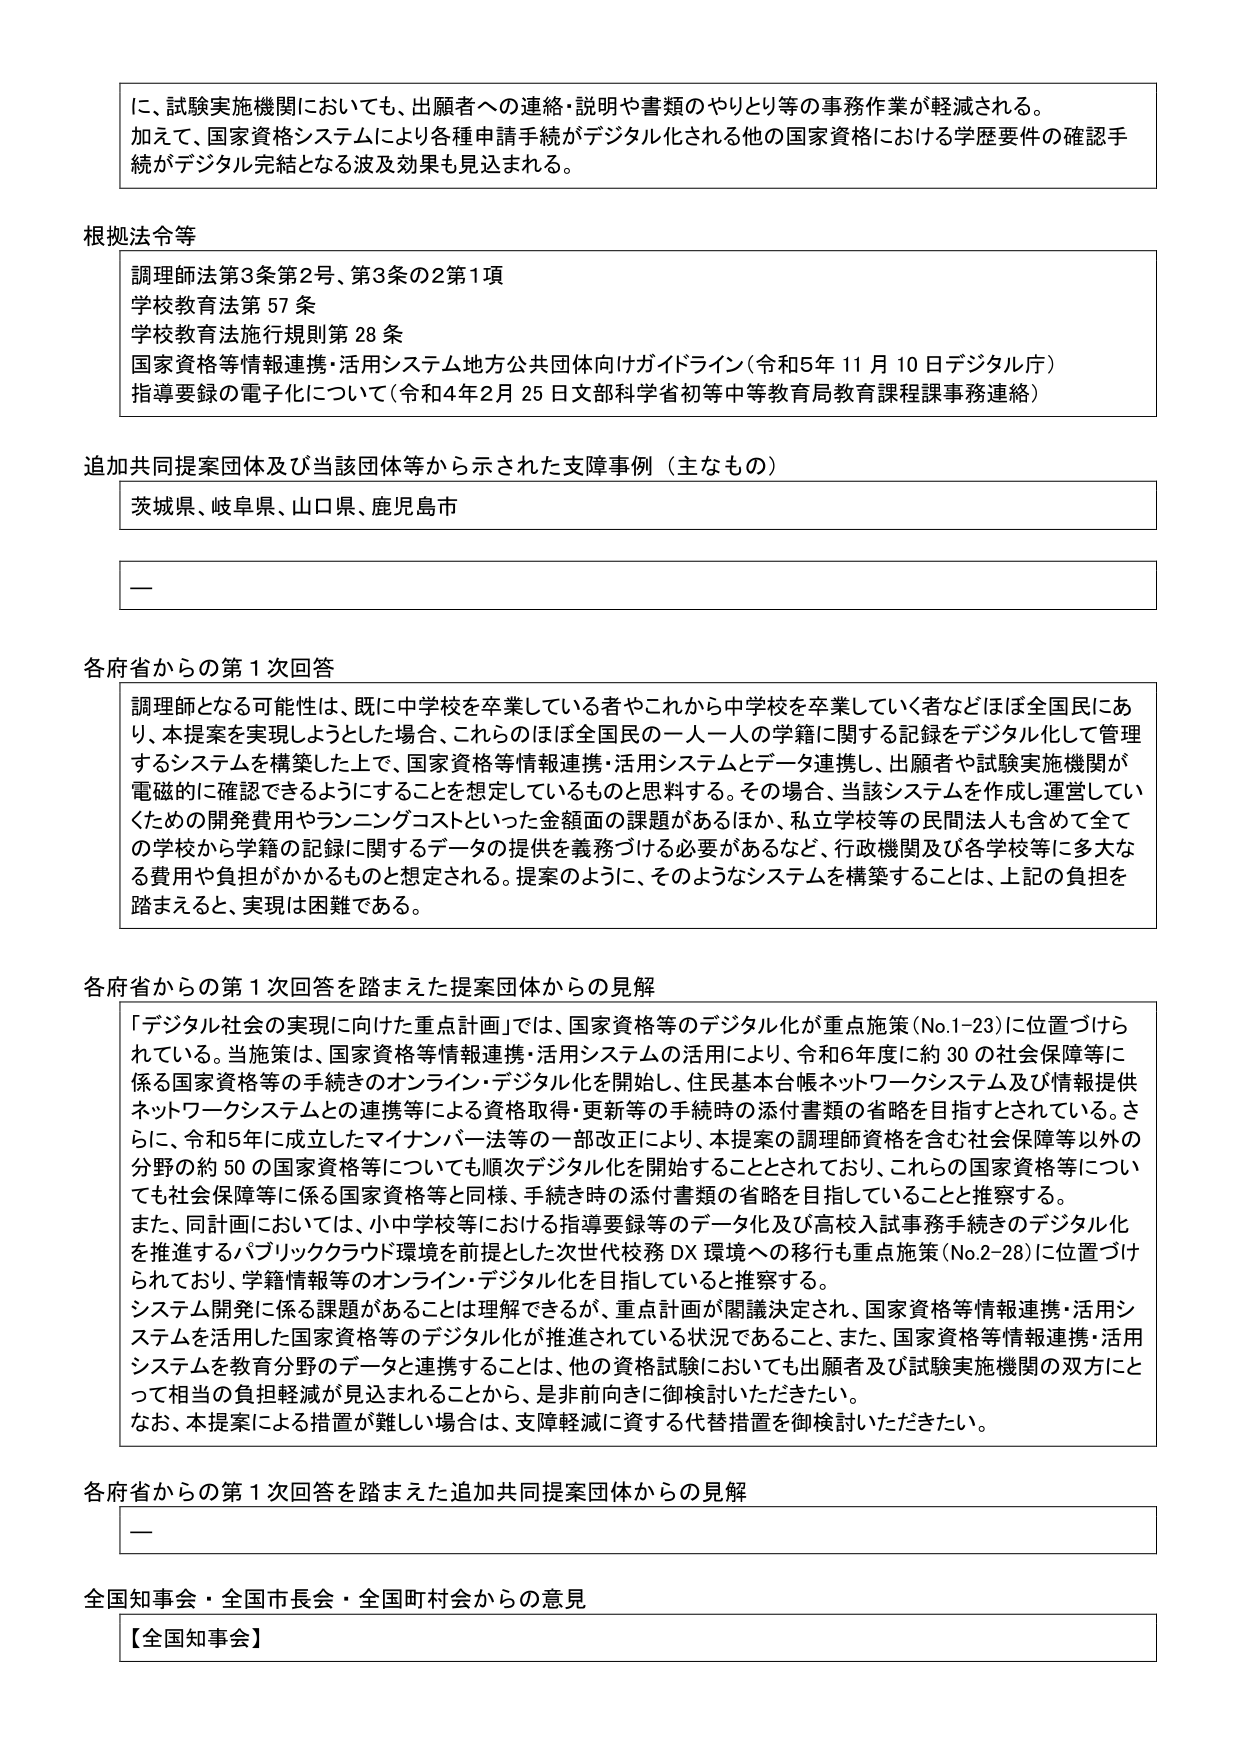
に、試験実施機関においても、出願者への連絡・説明や書類のやりとり等の事務作業が軽減される。
加えて、国家資格システムにより各種申請手続がデジタル化される他の国家資格における学歴要件の確認手続がデジタル完結となる波及効果も見込まれる。

根拠法令等
調理師法第3条第2号、第3条の2第1項
学校教育法第57条
学校教育法施行規則第28条
国家資格等情報連携・活用システム地方公共団体向けガイドライン（令和5年11月10日デジタル庁）
指導要録の電子化について（令和4年2月25日文部科学省初等中等教育局教育課程課事務連絡）

追加共同提案団体及び当該団体等から示された支援事例（主なもの）
茨城県、岐阜県、山口県、鹿児島市

—

各府省からの第1次回答
調理師となる可能性は、既に中学校を卒業している者やこれから中学校を卒業していく者などほぼ全国民にあり、本提案を実現しようとした場合、これらのは全国民の一人一人の学籍に関する記録をデジタル化して管理するシステムを構築した上で、国家資格等情報連携・活用システムとデータ連携し、出願者や試験実施機関が電磁的に確認できるようにすることを想定しているものと思料する。その場合、当該システムを作成し運営していくための開発費用やランニングコストといった金額面の課題があるほか、私立学校等の民間法人も含めて全ての学校から学籍の記録に関するデータの提供を義務づける必要があるなど、行政機関及び各学校等に多大な費用や負担がかかるものと想定される。提案のように、そのようなシステムを構築することは、上記の負担を踏まえると、実現は困難である。

各府省からの第1次回答を踏まえた提案団体からの見解
「デジタル社会の実現に向けた重点計画」では、国家資格等のデジタル化が重点施策（No.1-23）に位置づけられている。当該施策は、国家資格等情報連携・活用システムの活用により、令和6年度に約30の社会保障等に係る国家資格等の手続きのオンライン・デジタル化を開始し、住民基本台帳ネットワークシステム及び情報提供ネットワークシステムとの連携等による資格取得・更新等の手続時の添付書類の省略を目指すとされている。さらに、令和5年に成立したマイナンバー法等の一部改正により、本提案の調理師資格を含む社会保障等以外の分野の約50の国家資格等についても順次デジタル化を開始することとされており、これらの国家資格等についても社会保障等に係る国家資格等と同様、手続き時の添付書類の省略を目指していることと推察する。
また、同計画においては、小中学校等における指導要録等のデータ化及び高校入試事務手続きのデジタル化を推進するパブリッククラウド環境を前提とした次世代校務DX環境への移行も重点施策（No.2-28）に位置づけられており、学籍情報等のオンライン・デジタル化を目指していると推察する。
システム開発に係る課題があることは理解できるが、重点計画が閣議決定され、国家資格等情報連携・活用システムを活用した国家資格等のデジタル化が推進されている状況であること、また、国家資格等情報連携・活用システムを教育分野のデータと連携することは、他の資格試験においても出願者及び試験実施機関の双方にとって相当の負担軽減が見込まれることから、是非前向きに御検討いただきたい。
なお、本提案による措置が難しい場合は、支障軽減に資する代替措置を御検討いただきたい。

各府省からの第1次回答を踏まえた追加共同提案団体からの見解
—

全国知事会・全国市長会・全国町村会からの意見
【全国知事会】